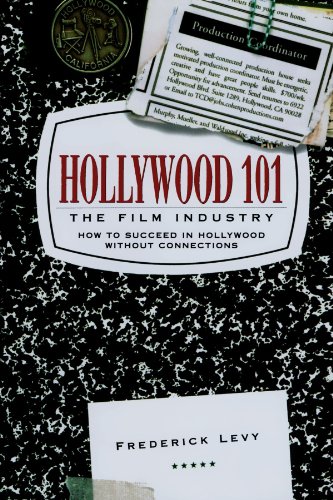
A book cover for Hollywood 101: The Film Industry; Frederick Levy; Humor & Entertainment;